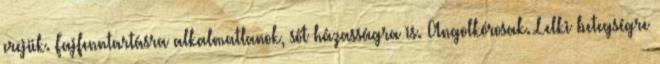
erejük. Fajfenntartásra alkalmatlanok, sőt házasságra is. Angolkórosak. Lelki betegségre